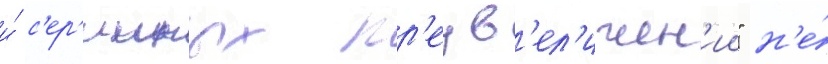
и́ с'ер'ииных пр'еув'ел'ичен'ии" н'е́